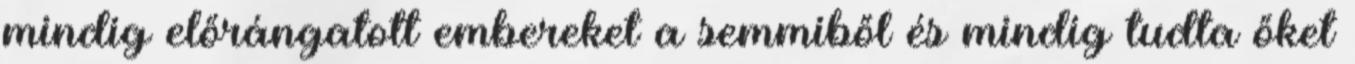
mindig előrángatott embereket a semmiből és mindig tudta őket